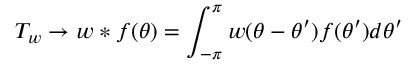
T _ { w } \rightarrow w * f ( \theta ) = \int _ { - \pi } ^ { \pi } w ( \theta - \theta ^ { \prime } ) f ( \theta ^ { \prime } ) d \theta ^ { \prime }